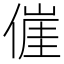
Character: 𬿕